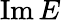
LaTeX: \mathrm{Im}\, E